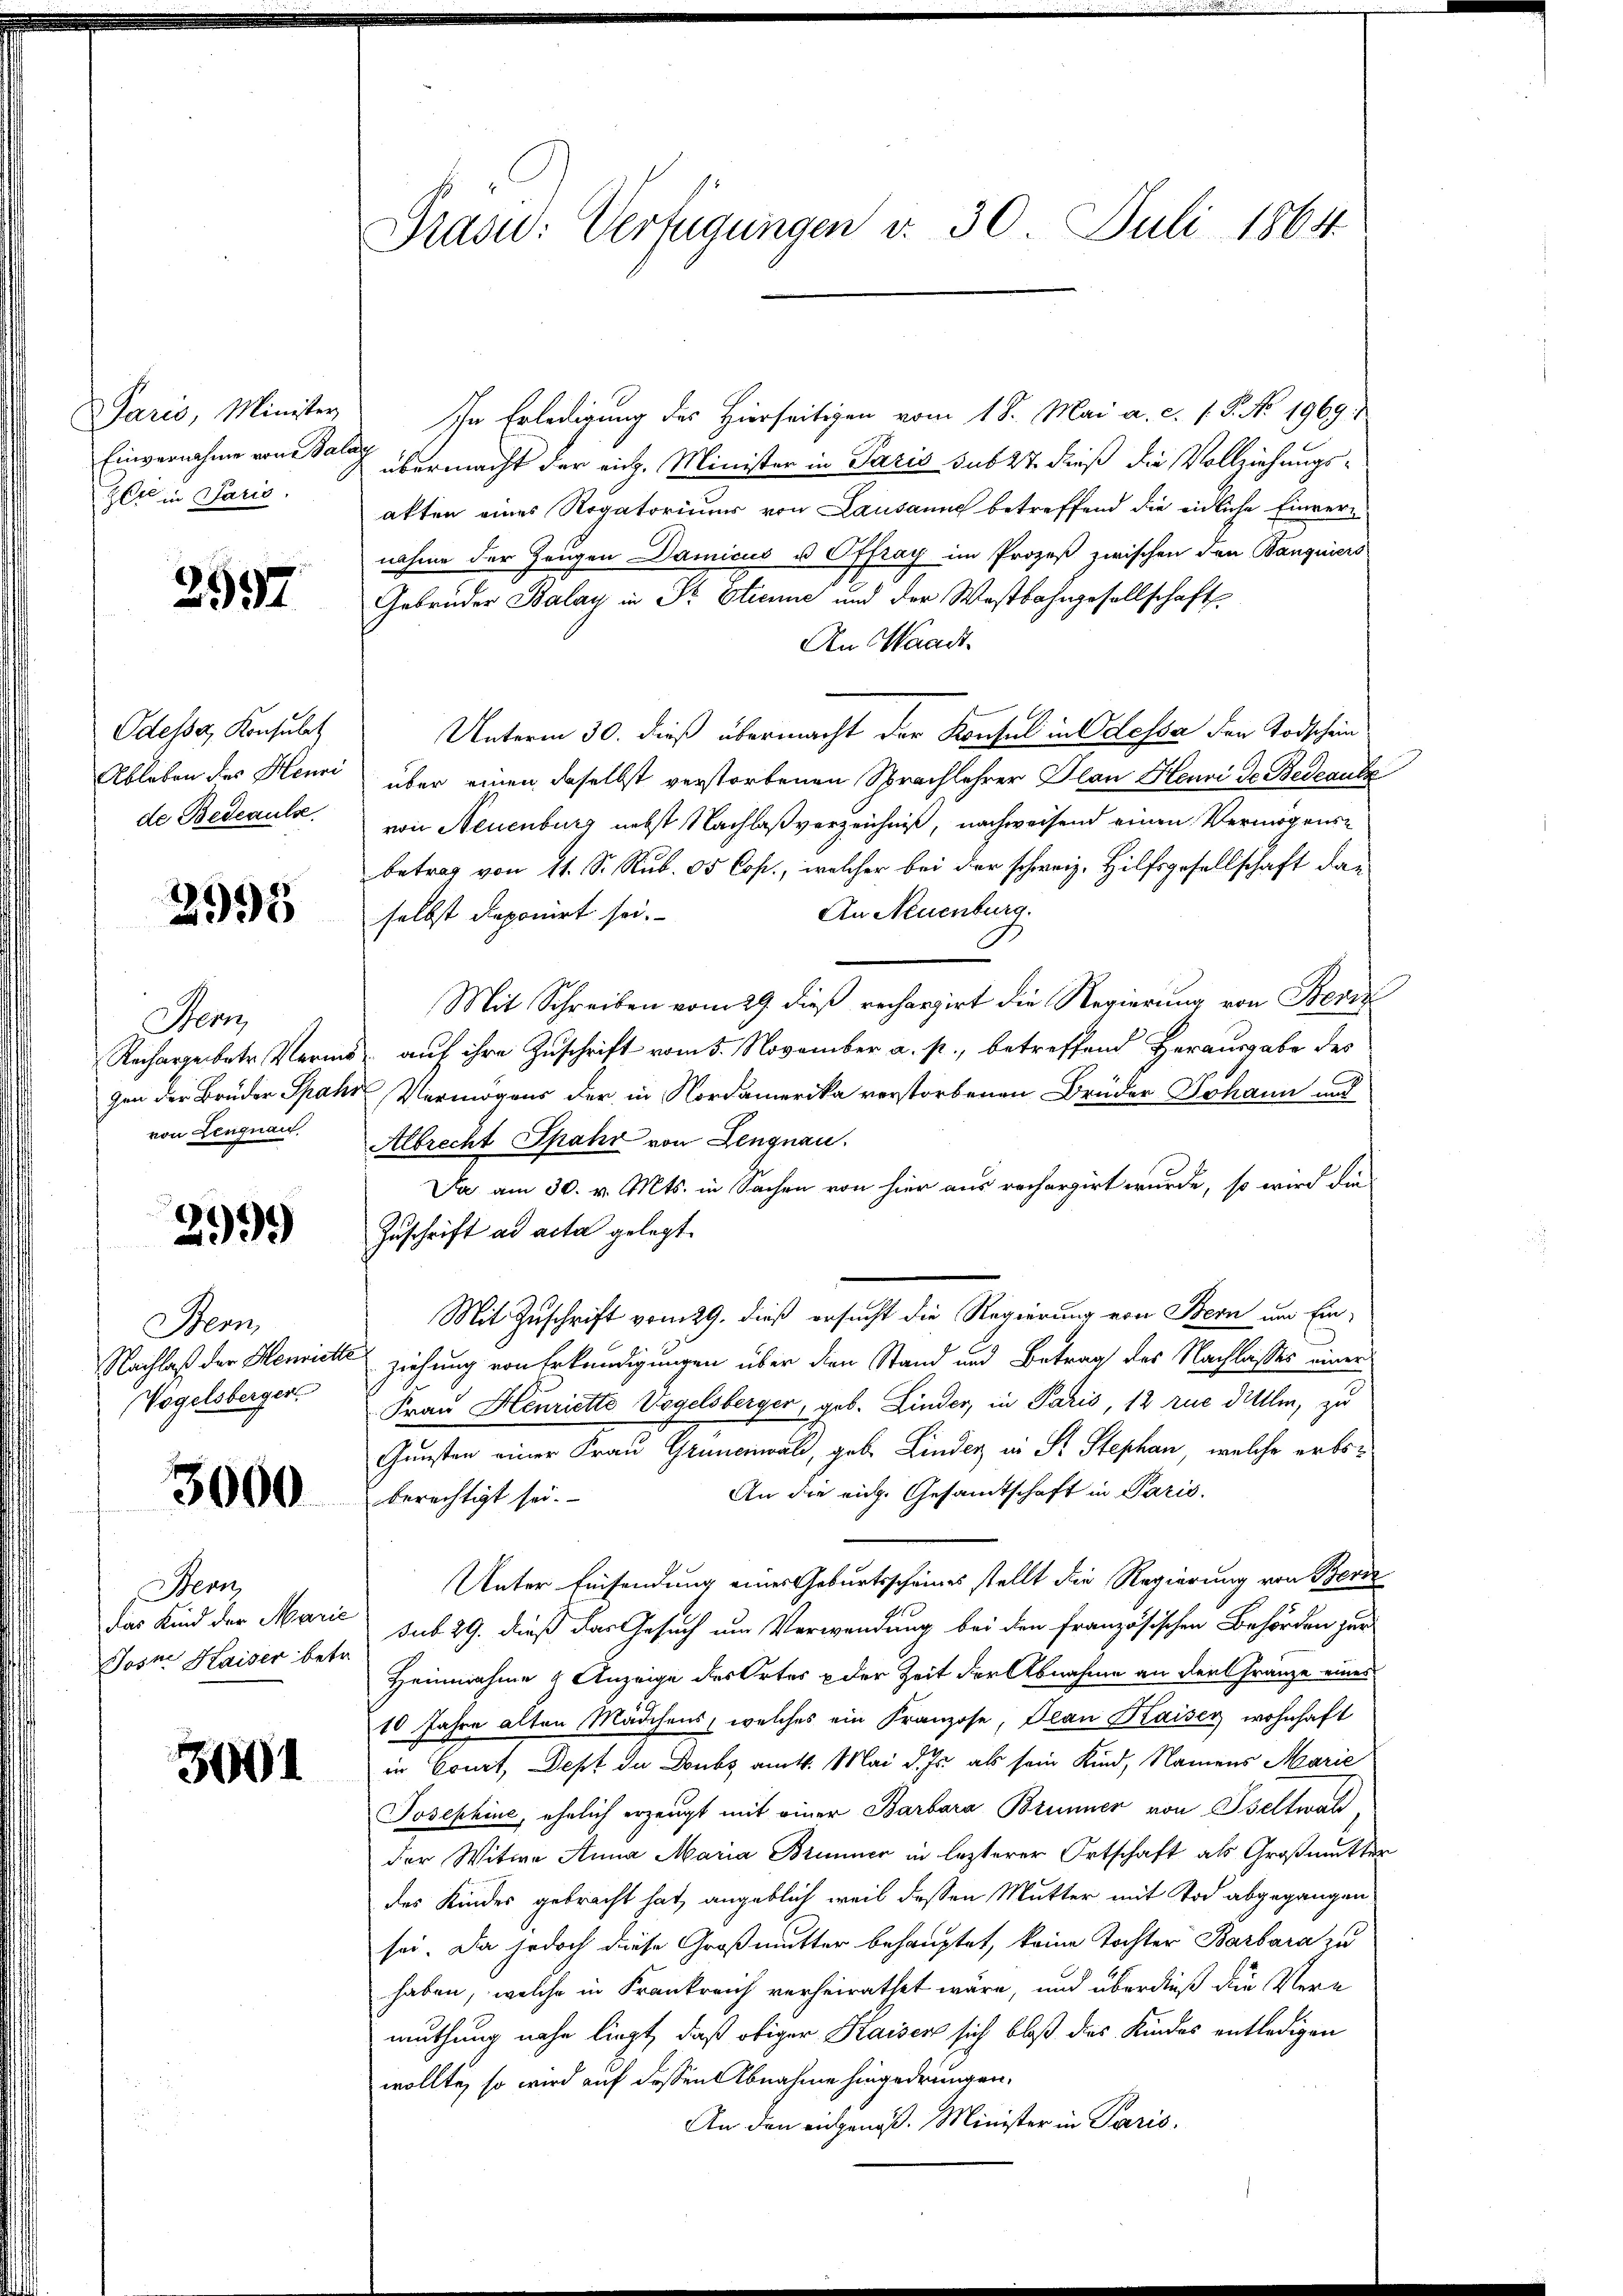
Paris, Minister
zerl in Paris.

2997

Odesser, Konsulat
de Bedeausse

2995

Her
von Lengnau.

299)

Bern,
Vögelsberger.

3000

Hern
Josn. Haiser betr.

3001

Präsid: Verfügungen v. 30 Juli 1864

In Erledigung des Hierseitigen vom 18. Mai a. c. s. S. No. 1969.
Einvernahme von der übermacht der rich. Minister in Paris sub 27 dieß die Vollziehungsakten eines Rogatoriuum von Lausanne betreffend die eidliche Einverg
nahme der Zeugen Damicus u Offzay im Prozeß zwischen den Banquiers
Gebrüder Balay in Sr. Etienne und der Westbahngesellschaft
An Waadt.
Unterm 30. dieß übermacht der Konsul in Odessa der Todschein
Ableben des Henri über einen daselbst verstorbenen Sprachlehrer Plan Henri de Bedeute
von Neuenburg nebst Nachlaßverzeichniß, nachweisend einen Vermögensbetrag von 11. S. Sub. 05 Cop., welcher bei der schweiz. Hilfsgesellschaft dar
An Neuenburg.
selbst deponirt sei.
Mit Schreiben vom 29 dieß rechargirt die Regierung von Beri
Rechargebetr. Vermis auf ihre Zuschrift vom 5. November a. p., betreffend Herausgabe des
gen der Brüder Spahi Vermögens der in Nordamerika verstorbenen Brüder Johann noch
Albrecht Spahr von Lengnau.
Da am 30. v. Mts. in Sachen von hier aus rechargirt wurde, so wird die
Zuschrift ad acta gelegt.
Mit Zuschrift vom 29. dieß ersucht die Regierung von Bern um Ein-
Nachlaß der Hemiete ziehung von Erkundigungen über dien Stand und Betrag des Nachlasses einer
Frau Henriette Vogelsberger, geb. Linder, in Paris, 12 rue dilllin, zu
Gunsten einer Frau Grunerwald, geb. Linder in Pr. Stephan, welche erbs¬
An die eich. Gesandtschaft in Paris.
berechtigt sei.
Unter Einsendung einer Geburtsscheines stellt die Regierung von Beri
das Kind der Marić sub 29. dieß das Gesuch um Verwendung bei den französischen Behörden zur
Heinnahme & Anzeige der Ortes der Zeit der Abnahme an den Franze eines
10 Jahre alten Mädchens, welches ein Franzose, Plan Kaiser wohnhaft
in Court, Dest da Doubs am 4. Mai d. Js. als sein Kind, Namens Marie
Josephine, ehelich erzeugt mit einer Barbara Brunner von Iseltwald,
der Witwe Anna Maria Brunner in lezterer Ortschaft als Großmutter
des Kindes gebracht hat, angeblich weil dessen Mutter mit Tod abgegangen
sei. Da jedoch diese Großmutter behauptet, keine Tochter Barbara zu
haben, welche in Frankreich verheirathet wäre, und überdieß die Vere
muthung nahe liegt, daß obiger Kaisen sich bloß des Kindes entledigen
wollte, so wird auf dessen Abnahme hingedrungen.
An den eidgenöß. Minister in Paris.